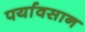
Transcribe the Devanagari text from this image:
पर्यावसान